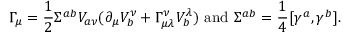
\Gamma _ { \mu } = { \frac { 1 } { 2 } } \Sigma ^ { a b } V _ { a \nu } ( \partial _ { \mu } V _ { b } ^ { \nu } + \Gamma _ { \mu \lambda } ^ { \nu } V _ { b } ^ { \lambda } ) ~ \mathrm { a n d } ~ \Sigma ^ { a b } = { \frac { 1 } { 4 } } [ \gamma ^ { a } , \gamma ^ { b } ] .